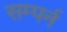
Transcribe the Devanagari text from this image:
सम्पर्न